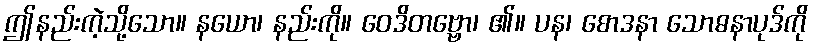
ဤနည်းကဲ့သို့သော။ နယော၊ နည်းကို။ ဝေဒိတဗ္ဗော၊ ၏။ ပန၊ စောဒနာ သောဓနာပုဒ်ကို